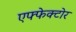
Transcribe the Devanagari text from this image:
एफ्फेक्टोर